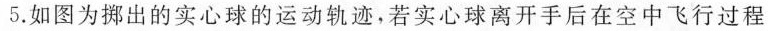
5.如图为拼出的实心球的运动轨迹，若实心球离开手后在空中飞行过程